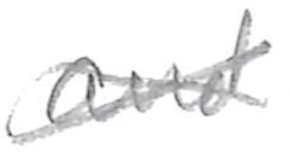
Text: and
Cross-out: mix
Writing tool: pencil